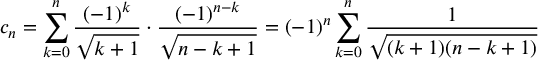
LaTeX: c _ { n } = \sum _ { k = 0 } ^ { n } { \frac { ( - 1 ) ^ { k } } { \sqrt { k + 1 } } } \cdot { \frac { ( - 1 ) ^ { n - k } } { \sqrt { n - k + 1 } } } = ( - 1 ) ^ { n } \sum _ { k = 0 } ^ { n } { \frac { 1 } { \sqrt { ( k + 1 ) ( n - k + 1 ) } } }